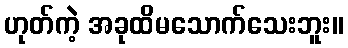
ဟုတ်ကဲ့ အခုထိမသောက်သေးဘူး။